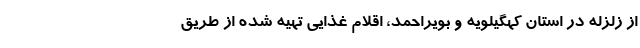
از زلزله در استان کهگیلویه و بویراحمد، اقلام غذایی تهیه شده از طریق